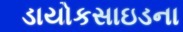
ડાયોકસાઇડના